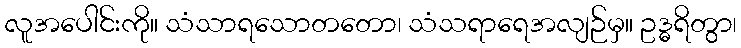
လူအပေါင်းကို။ သံသာရသောတတော၊ သံသရာရေအလျဉ်မှ။ ဥဒ္ဓရိတွာ၊